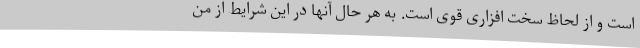
است و از لحاظ سخت افزاری قوی است. به هر حال آنها در این شرایط از من